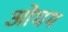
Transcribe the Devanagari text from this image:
ओघम